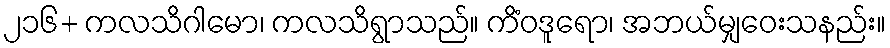
၂၁၆+ ကလသိဂါမော၊ ကလသိရွာသည်။ ကိံဝဒူရော၊ အဘယ်မျှဝေးသနည်း။